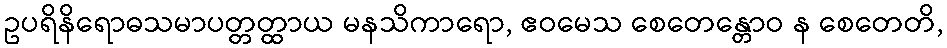
ဥပရိနိရောဓသမာပတ္တတ္ထာယ မနသိကာရော, ဧဝမေသ စေတေန္တောဝ န စေတေတိ,